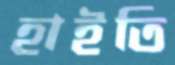
হাইতি